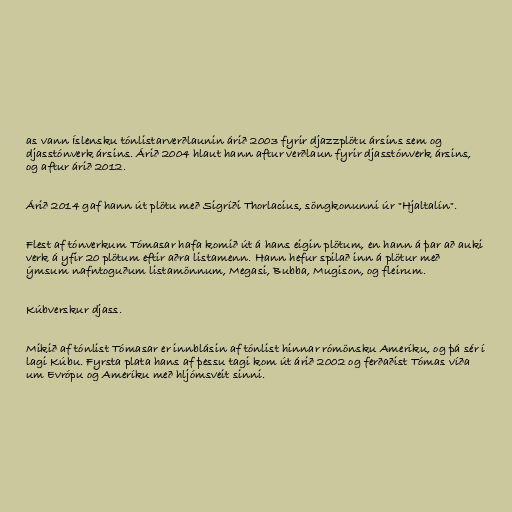
as vann Íslensku tónlistarverðlaunin árið 2003 fyrir djazzplötu ársins sem og
djasstónverk ársins. Árið 2004 hlaut hann aftur verðlaun fyrir djasstónverk ársins,
og aftur árið 2012.

Árið 2014 gaf hann út plötu með Sigríði Thorlacius, söngkonunni úr "Hjaltalín".

Flest af tónverkum Tómasar hafa komið út á hans eigin plötum, en hann á þar að auki
verk á yfir 20 plötum eftir aðra listamenn. Hann hefur spilað inn á plötur með
ýmsum nafntoguðum listamönnum, Megasi, Bubba, Mugison, og fleirum.

Kúbverskur djass.

Mikið af tónlist Tómasar er innblásin af tónlist hinnar rómönsku Ameríku, og þá sér í
lagi Kúbu. Fyrsta plata hans af þessu tagi kom út árið 2002 og ferðaðist Tómas víða
um Evrópu og Ameríku með hljómsveit sinni.